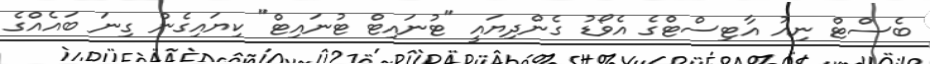
ބެސްޓް ނިއު އާޓިސްޓްގެ އެވޯޑު ގެންދިޔައީ "ޓުނައިޓް ޓުނައިޓް" ކިޔައިގެން ގިނަ ބައެއްގެ